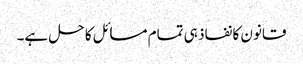
قانون کا نفاذ ہی تمام مسائل کا حل ہے۔